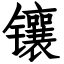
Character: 镶